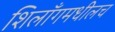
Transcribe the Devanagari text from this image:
शिलाँगमधीलच